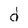
Character: d